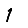
Digit: 1